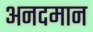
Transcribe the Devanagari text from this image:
अनदमान